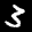
Label: 3